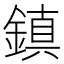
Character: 鎮